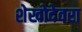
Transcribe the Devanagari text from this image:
शेखोदेवरा